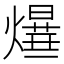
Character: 𤑻